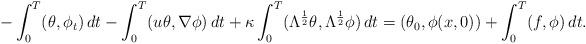
LaTeX: \begin{align*}-\int_0^T(\theta, \phi_t)\, dt-\int_0^T(u\theta, \nabla\phi)\, dt+\kappa\int_0^T(\Lambda^{\frac{1}{2}}\theta, \Lambda^{\frac{1}{2}}\phi)\, dt=(\theta_0, \phi(x,0))+\int_0^T(f, \phi)\, dt.\end{align*}